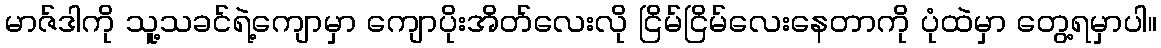
မာဇ်ဒါကို သူ့သခင်ရဲ့ကျောမှာ ကျောပိုးအိတ်လေးလို ငြိမ်ငြိမ်လေးနေတာကို ပုံထဲမှာ တွေ့ရမှာပါ။